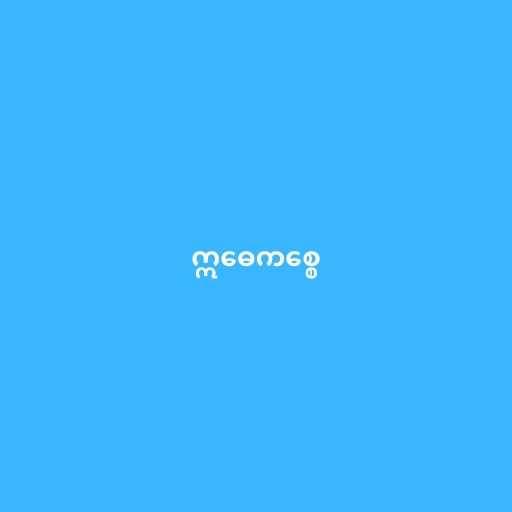
ဣဓေကစ္စေ